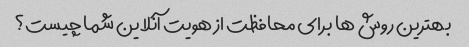
بهترین روش ها برای محافظت از هویت آنلاین شما چیست؟